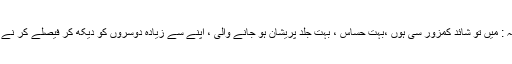
روبینہ : میں تو شائد کمزور سی ہوں ،بہت حساس ، بہت جلد پریشان ہو جانے والی ، اپنے سے زیادہ دوسروں کو دیکھ کر فیصلے کر نے والی۔